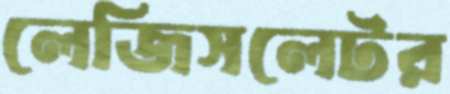
লেজিসলেটর